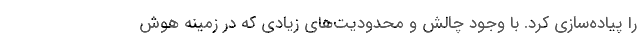
را پیاده­سازی کرد. با وجود چالش و محدودیت­های زیادی که در زمینه هوش